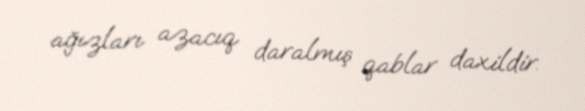
ağızları azacıq daralmış qablar daxildir.